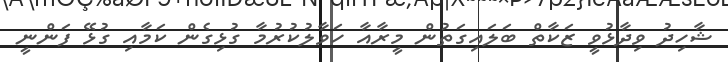
ޝާހިދު ވިދާޅުވީ ޒަކާތް ބަލައިގަތުން މީރާއާ ހަވާލުކުރުމާ ގުޅިގެން ކަމާއި ގުޅޭ ފަންނީ